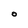
Character: O